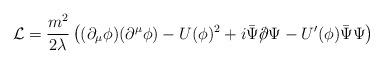
LaTeX: \begin{align*}{\cal L} = \frac{m^2}{2\lambda} \left((\partial_\mu \phi) (\partial^\mu \phi) - U(\phi)^2 +i\bar\Psi \slash\hspace{-0.5em}\partial \Psi - U^\prime(\phi) \bar \Psi \Psi \right) \end{align*}